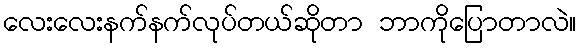
လေးလေးနက်နက်လုပ်တယ်ဆိုတာ ဘာကိုပြောတာလဲ။